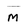
Character: M